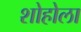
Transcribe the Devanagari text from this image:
शोहोला